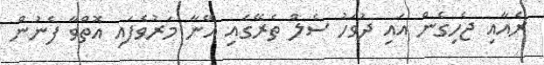
ރެއާއި ޖެހިގެން އައި ދުވަހު ސެލް ތެރޭގައި އޭނާ މަރުވެފައި އޮތްވާ ފެނުން